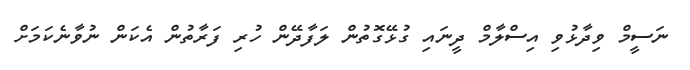
ނަސީމް ވިދާޅުވި އިސްލާމް ދީނައި ގުޅޭގޮތުން ލަފާދޭން ހުރި ފަރާތުން އެކަން ނުވާނެކަމަށް